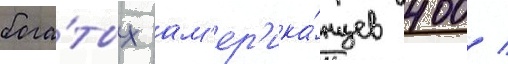
бога́тых ам'ер'ика́нцев 400 /